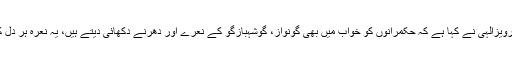
2014ء)پاکستان مسلم لیگ کے سینئرمرکزی رہنما و سابق نائب وزیراعظم چودھری پرویزالٰہی نے کہا ہے کہ حکمرانوں کو خواب میں بھی گونواز، گوشہبازگو کے نعرے اور دھرنے دکھائی دیتے ہیں، یہ نعرہ ہر دل کی آواز بن چکا ہے اور اب تو ن لیگ کے رہنما اور کارکن بھی یہ نعرے لگا رہے ہیں۔